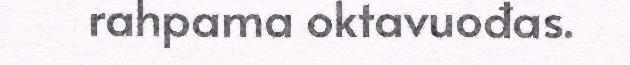
rahpama oktavuođas.